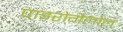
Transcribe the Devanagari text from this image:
पाइरोगैलोल